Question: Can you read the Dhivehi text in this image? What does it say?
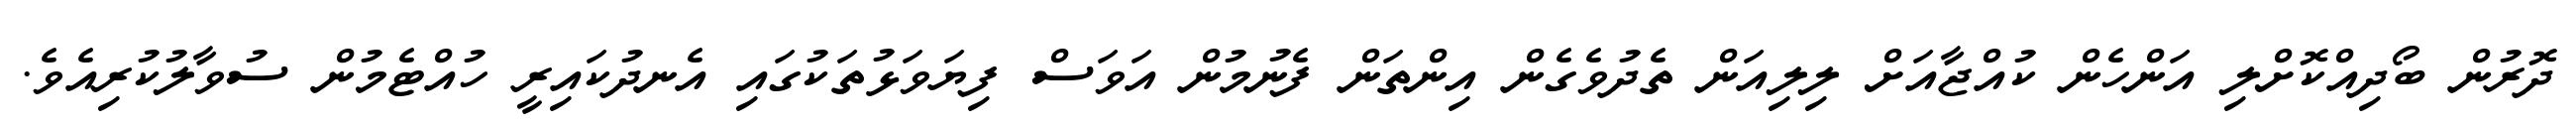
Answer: ދޮރުން ބޯދިއްކޮށްލި އަންހެން ކުއްޖާއަށް ލިލިއަން ތެދުވެގެން އިންތަން ފެނުމުން އަވަސް ފިޔަވަޅުތަކުގައި އެނދުކައިރީ ހުއްޓެމުން ސުވާލުކުރިއެވެ.